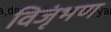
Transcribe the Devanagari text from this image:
विजृंभण